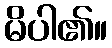
မိပါ၏။